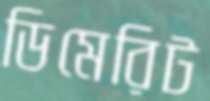
ডিমেরিট